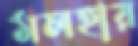
মলহার